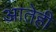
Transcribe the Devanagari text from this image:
आतेही